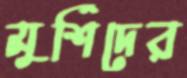
মুর্শিদের